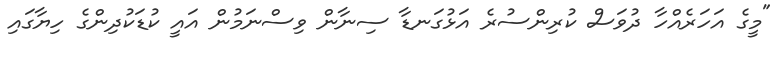
"މީގެ އަހަރެއްހާ ދުވަސް ކުރިންސުރެ އަޅުގަނޑާ ސިނާން ވިސްނަމުން އައީ ކުޑަކުދިންގެ ހިޔާގައި